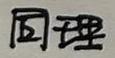
同理